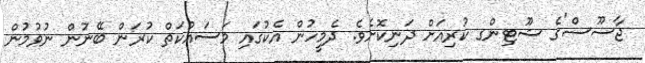
ޖާސޫސް'ގެ ޝޫޓިންގ ކުރިއަށް ދަނިކޮށެވެ. ދެމީހުން އެކުގައި މަސައްކަތް ކުރަން ބޭނުން ނުވުމުން